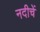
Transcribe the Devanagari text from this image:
नदीचें